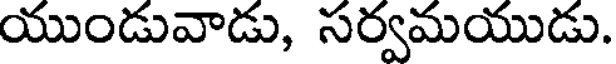
యుండువాడు, సర్వమయుడు.